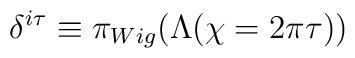
\delta ^{i\tau }\equiv \pi _{Wig}(\Lambda (\chi =2\pi \tau ))